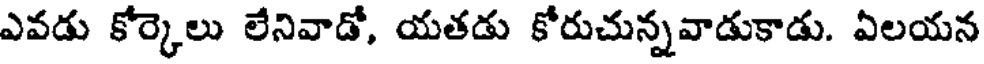
ఎవడు కోర్కెలు లేనివాడో, యతడు కోరుచున్నవాడుకాడు. ఏలయన